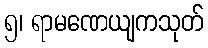
၅၊ ရာမဏေယျကသုတ်